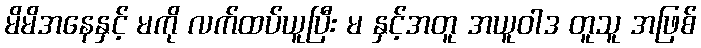
မိမိအနေနှင့် မကို လက်ထပ်ယူပြီး မ နှင့်အတူ အယူဝါဒ တူသူ အဖြစ်